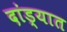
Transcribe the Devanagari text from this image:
दांड्यात